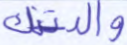
والدتك